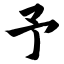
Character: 予